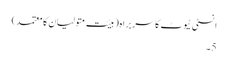
انسٹی ٹیوٹ کا سربراہ (ہیئت متولیان کا معتمد)
5۔